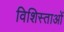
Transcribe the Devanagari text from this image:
विशिस्ताओं